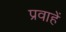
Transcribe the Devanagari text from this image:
प्रवाहें